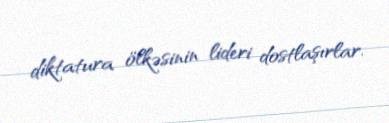
diktatura ölkəsinin lideri dostlaşırlar.